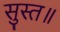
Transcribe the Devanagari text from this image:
सुस्त॥